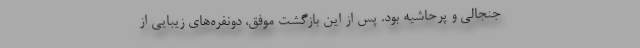
جنجالی و پرحاشیه بود. پس از این بازگشت موفق، دونفره‌های زیبایی از